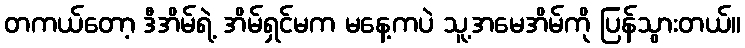
တကယ်တော့ ဒီအိမ်ရဲ့ အိမ်ရှင်မက မနေ့ကပဲ သူ့အမေအိမ်ကို ပြန်သွားတယ်။